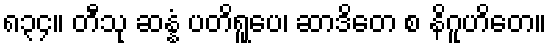
၈၃၄။ တီသု ဆန္နံ ပတိရူပေ၊ ဆာဒိတေ စ နိဂူဟိတေ။